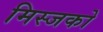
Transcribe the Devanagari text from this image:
मिस्जको